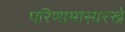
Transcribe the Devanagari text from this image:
परिणामासारखे